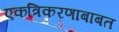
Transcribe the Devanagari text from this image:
एकत्रिकरणाबाबत